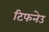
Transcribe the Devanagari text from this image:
टिफनेउ